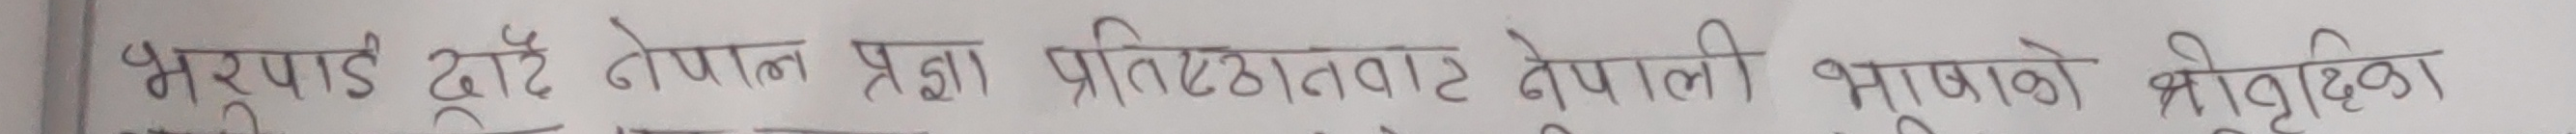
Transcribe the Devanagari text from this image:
भरुपाडी दाँडे नेपाल प्रज्ञा प्रतिष्ठानबाट नेपाली भाषाको श्रोवृद्धि